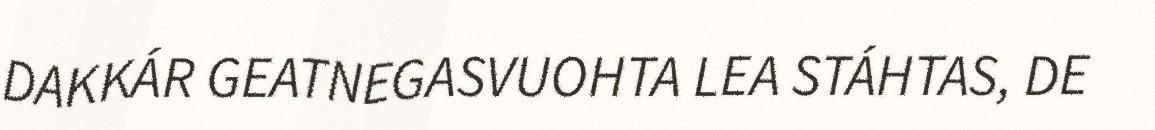
DAKKÁR GEATNEGASVUOHTA LEA STÁHTAS, DE